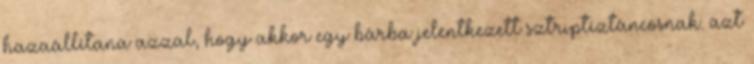
hazaállítana azzal, hogy akkor egy bárba jelentkezett sztriptíztáncosnak. azt